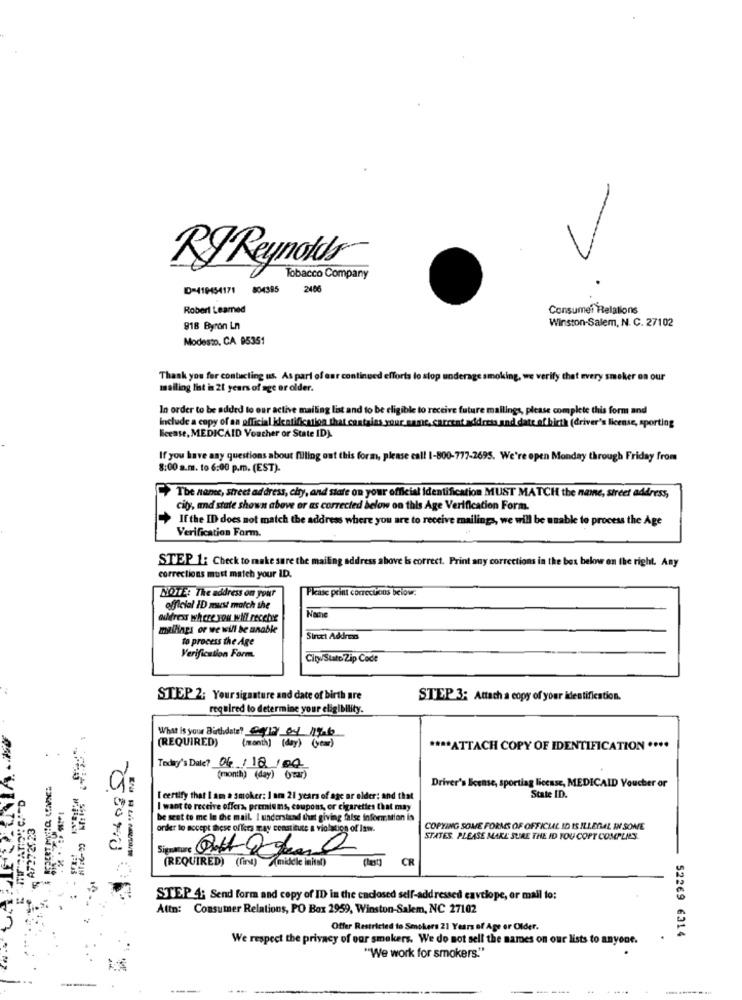
RI Reynolds
Tobacco Company
ID=419454171 804385
2486
Robert Leamed
Consumer Relations
Winston-Salem, N. C. 27102
818 Byron Ln
Modesto, CA 95351
Thank you for contacting us. As part of ear continued efforts to stop underage smoking, we verify that every smoker on our
mailing list in 21 years of age or older.
In order to be added to our active mailing list and to be eligible to receive future mallings, please complete this form and
Include a copy of an official identification that contains your same, carrent address and date of birth (driver's license, sporting
Bicrase, MEDICAID Voucher or State ID).
If you have any questions about filing ont this form, please call 1-800-777-2695. We're open Monday through Friday from
8:00 a.m. to 6:00 p.m. (EST).
The name, street address, city, and stare on your official identification MUST MATCH the name, street address,
City, and state shown above or as corrected below on this Age Verification Form.
If the ID does not match the address where you are to receive mailings, we will be unable to process the Age
+
Verification Form.
STEP 1: Check to make sure the mailing address above Is correct. Print any corrections in the box below on the right. Any
corrections must match your ID.
Please print corrections below:
MOTE: The address on your
official ID must match the
Nache
address where you will recebe
mallings or we will be unable
to process the Age
Street Address
Verification Form.
City/Stato Zip Code
STEP 2; Your signature and date of birth are
STEP 3: Attach a copy of your identifiestion.
required to determine your eligibility.
What is your Birthdate? exis of 196
(REQUIRED)
(month] (day) ( year)
**** ATTACH COPY OF IDENTIFICATION ....
Today's Dale? 04/12/00
(month) (day) (ytar)
Driver's license, sporting license, MEDICAID Voucher or
[ certify that I am a smoker: I am 21 years of age ar elder; and that
State ID.
I want to receive offera, premiums, coupons, or cigarettes that may
A7272023
be sent to me le the mail. I understand that giving false Information is
order to accept these offers may constitute a violation of law.
COPYING SOME FORMS OF OFFICIAL ID IS ILLEGAL IN SOME
STATES. PLEASE MAKE SURE THE ID YOU COPT COMPLIES.
Signature Out Olma
(REQUIRED) (fint) (middle inital)
CR
------
STEP 4: Send form and copy of ID in the enclosed self-addressed envelope, or mail to:
Attn: Consumer Relations, PO Box 2959, Winston-Salem, NC 27102
Offer Restricted to Smokers 21 Years of Age or Older.
We respect the privacy of our smokers. We do not sell the names on our lists to anyone.
52269 6314
"We work for smokers."